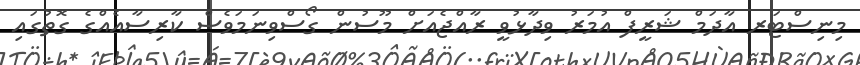
މިނިސްޓަރ އާދަމް ޝަރީފް އުމަރު ވިދާޅުވީީ ރާއްޖެއަށް މޫސުން ގޯސްވިނަމަވެސް ކާރިސާއެއްގެ ގޮތުގައި